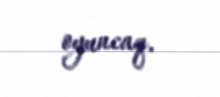
oyuncaq.